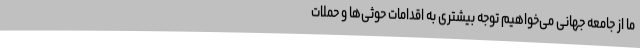
ما از جامعه جهانی می‌خواهیم توجه بیشتری به اقدامات حوثی‌ها و حملات